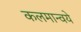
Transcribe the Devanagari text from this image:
कलमान्वये